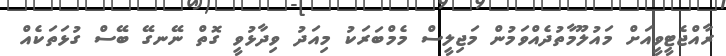
ރާއްޖެޓީވީއަށް މައުލޫމާތުދެއްވަމުން މަޖިލީސް މެމްބަރަކު މިއަދު ވިދާޅުވީ ގޮތް ނޭނގޭ ބޭސް ގުޅަތަކެއް